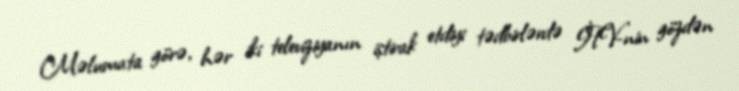
Məlumata görə, hər iki televiziyanın iştirak etdiyi tədbirlərdə İTV-nin gözdən